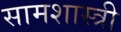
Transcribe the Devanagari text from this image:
सामशास्त्री